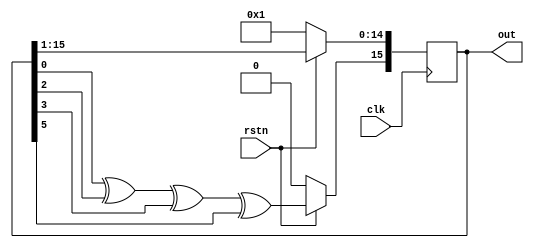
// N-bit Fibonacci LFSR
// Ashan Liyanage
module lfsr #(parameter MSB=16) ( 
	input 		clk,
	input 		rstn,
	output reg 	[MSB-1:0]out			
);

always @ (posedge clk) begin
	if(!rstn)
		out <= 1;
	else begin
		out[MSB-2:0] <= out[MSB-1:1];
		out[MSB-1]	<= (((out[0]^out[2]) ^ out[3]) ^  out[5]);  
	end
end
endmodule